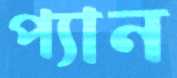
প্যান